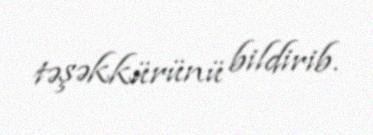
təşəkkürünü bildirib.